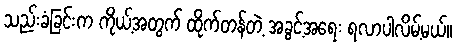
သည်းခံခြင်းက ကိုယ့်အတွက် ထိုက်တန်တဲ့ အခွင့်အရေး ရလာပါလိမ့်မယ်။